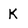
Character: K